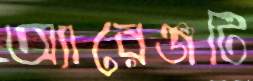
অ্যারেঞ্জটি